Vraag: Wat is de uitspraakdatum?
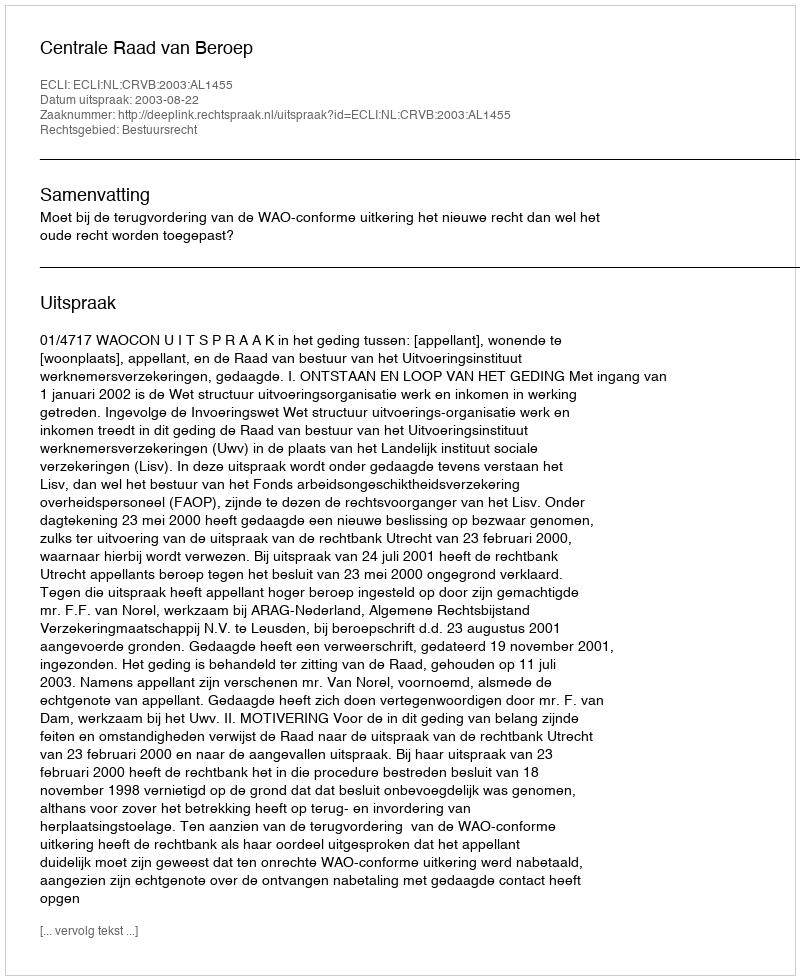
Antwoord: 2003-08-22